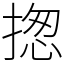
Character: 揔